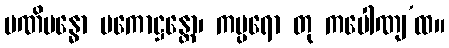
မဏိဗန္ဓော ပကောဋ္ဌန္တော၊ ကပ္ပရော တု ကပေါဏျ’ထ။